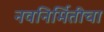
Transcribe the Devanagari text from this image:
नवनिर्मितीचा